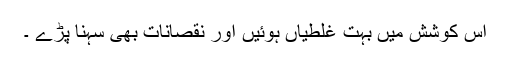
اس کوشش میں بہت غلطیاں ہوئیں اور نقصانات بھی سہنا پڑے ۔